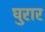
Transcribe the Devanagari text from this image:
घुरार